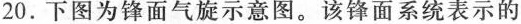
20.下图为锋面气旋示意图。该锋面系统表示的